system: You are a helpful assistant.
user:
Analyze the provided spectrum to determine if it is a **S-type Star**.

- **Key Indicators for S-type Star:**

    - **(Overall Spectrum Shape):** The first and most obvious characteristic is the overall continuum (the "baseline" shape). It is **extremely "red-sloping,"** meaning the flux (light intensity) is very low on the left side (blue, ~4000-4500 Å) and rises steeply and continuously toward the right side (red, ~7000 Å+).

    - **(Primary):** The spectrum is defined by the presence of strong, broad molecular absorption "valleys" (bands) from **Zirconium Oxide (ZrO)**. The identification of these bands is the **primary requirement** for classifying a star as S-type.
        - **(Key Bandheads):** You must find distinct, deep "dips" where the light has been absorbed. The most critical band systems to locate are:
            - **~6474 Å** ($\gamma$-system): This is often the strongest and clearest ZrO feature, found in the red part of the spectrum.
            - **~5718 Å** & **~5551 Å** ($\beta$-system): A pair of prominent absorption features in the yellow-orange part of the spectrum.
            - **~4640 Å** ($\alpha$-system): A key absorption band system in the blue-green region of the spectrum.

    - **(Secondary Confirmation):** The classification is strengthened by finding additional absorption bands from other related heavy element oxides, which are expected to be present alongside ZrO.
        - **(Key Bandheads):**
            - **Yttrium Oxide (YO):** Look for absorption dips near **~4800 Å** and **~6100 Å**.
            - **Lanthanum Oxide (LaO):** Additional absorption features, particularly in the red-orange part of the spectrum, are also characteristic.

    - **(Line Profile):** The combination of the steep red continuum and these numerous, deep molecular bands (ZrO, YO, etc.) gives the entire spectrum a very **"chopped-up"** or **"bumpy"** appearance. Instead of a smooth curve, the spectrum looks as though large, wide chunks of light have been "carved out" of it at the specific wavelengths listed above.

Think first, call **spectral_visualization_tool** if needed to examine features in detail, then provide your final answer. Your response must adhere to the following strict rules:
1.  **Overall Structure:** Your response must follow the format `<think>...</think> <tool_call>...</tool_call> (if a tool is used) <answer>...</answer>`.
2.  **Tool Usage Constraint:** You may only make **one** tool call per turn.
3.  **Final Answer Format:** In the `<answer>` tag, your conclusion must be inside a `\boxed{}` command (e.g., `\boxed{YES}` or `\boxed{NO}`), followed by your justification.

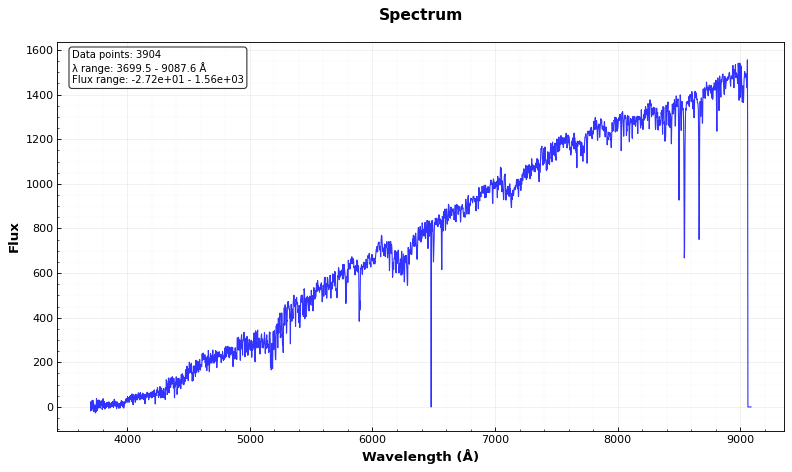
Answer: NO